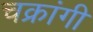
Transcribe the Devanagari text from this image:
चक्रांगी